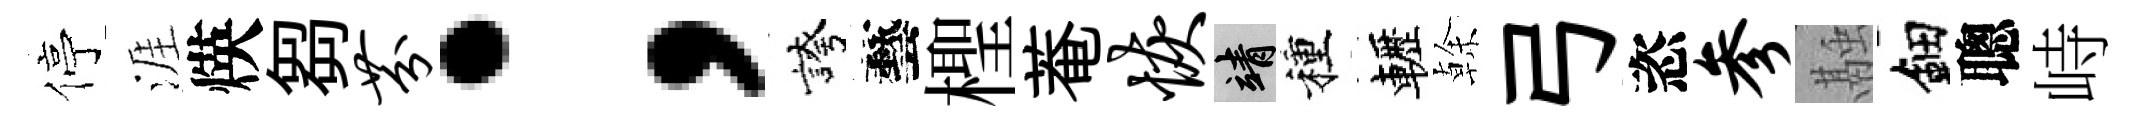
停涯煐芻芬；誇藝檉菴恢靖種轣𠏉弓恣参融鈿聰峙